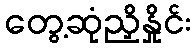
တွေ့ဆုံညှိနှိုင်း